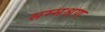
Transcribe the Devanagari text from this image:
सम्मश्रण